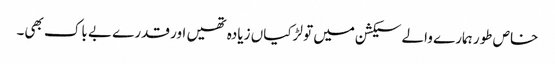
خاص طور ہمارے والے سیکشن میں تو لڑکیاں زیادہ تھیں اور قدرے بے باک بھی۔